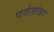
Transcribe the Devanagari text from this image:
पर्वतांवर